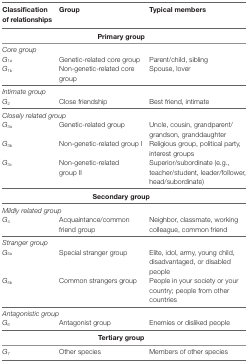
| Classification of relationships | Group | Typical members |
 | --- | --- | --- |
 | <COLSPAN=3> Primary group |
 | Core group |  |  |
 | G1a | Genetic-related core group | Parent/child, sibling |
 | G1b | Non-genetic-related core group | Spouse, lover |
 | Intimate group |  |  |
 | G2 | Close friendship | Best friend, intimate |
 | <COLSPAN=3> Closely related group |
 | G3a | Genetic-related group | Uncle, cousin, grandparent/grandson, granddaughter |
 | G3b | Non-genetic-related group I | Religious group, political party, interest groups |
 | G3c | Non-genetic-related group II | Superior/subordinate (e.g., teacher/student, leader/follower, head/subordinate) |
 | <COLSPAN=3> Secondary group |
 | <COLSPAN=3> Mildly related group |
 | G4 | Acquaintance/common friend group | Neighbor, classmate, working colleague, common friend |
 | Stranger group |  |  |
 | G5a | Special stranger group | Elite, idol, army, young child, disadvantaged, or disabled people |
 | G5b | Common strangers group | People in your society or your country; people from other countries |
 | <COLSPAN=3> Antagonistic group |
 | G6 | Antagonist group | Enemies or disliked people |
 | <COLSPAN=3> Tertiary group |
 | G7 | Other species | Members of other species |